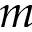
m